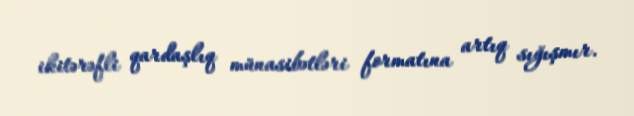
ikitərəfli qardaşlıq münasibətləri formatına artıq sığışmır.